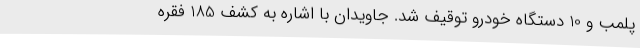
پلمب و 10 دستگاه خودرو توقیف شد. جاویدان با اشاره به کشف 185 فقره